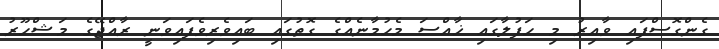
ގެންގޮސްފައި ވާއިރު މި ހަފުލާގައި ޚާއްސަ މެހުމާނެއްގެ ގޮތުގައި ބައިވެރިވެފައިވަނީ ރާއްޖޭގެ މަޝްހޫރު